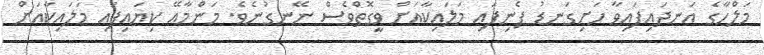
މަލްހާގެ އަނދައިފައިވާ ހަށިގަނޑު ފެނިފައި މަލައިކާއަށް ވީގޮތްވެެސް ނޭނގުނެވެ. މަންމާއޭ ކިޔައިފައި މަލައިކާއަށް